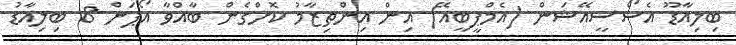
ބިލިއާޑޫ އެސޯސީއޭޝަން (އެމްޕީބީއޭ) އިން އިންތިޒާމު ކޮށްގެން ބާއްވާ އޯޕަން 8 ބިލިއާޑު